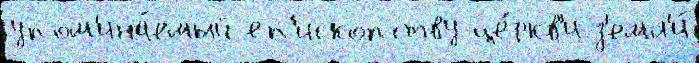
упом'ина́емый еп'ископству це́ркв'и з'емл'и́